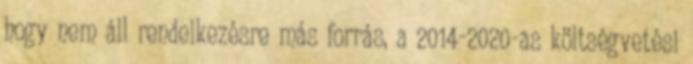
hogy nem áll rendelkezésre más forrás, a 2014-2020-as költségvetési